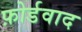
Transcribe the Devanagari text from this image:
फ़ोर्डवाद